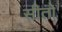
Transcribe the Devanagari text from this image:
सीतो